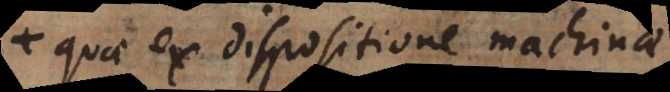
quae ex dispositione machinae